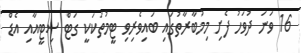
16 ވަނަ ދުވަހު ފެށި މިމުބާރާތުގައި ބައިވެރިވި ޓީމުތަކަކީ ގަޓް ސިޓީއާއި އެޑް